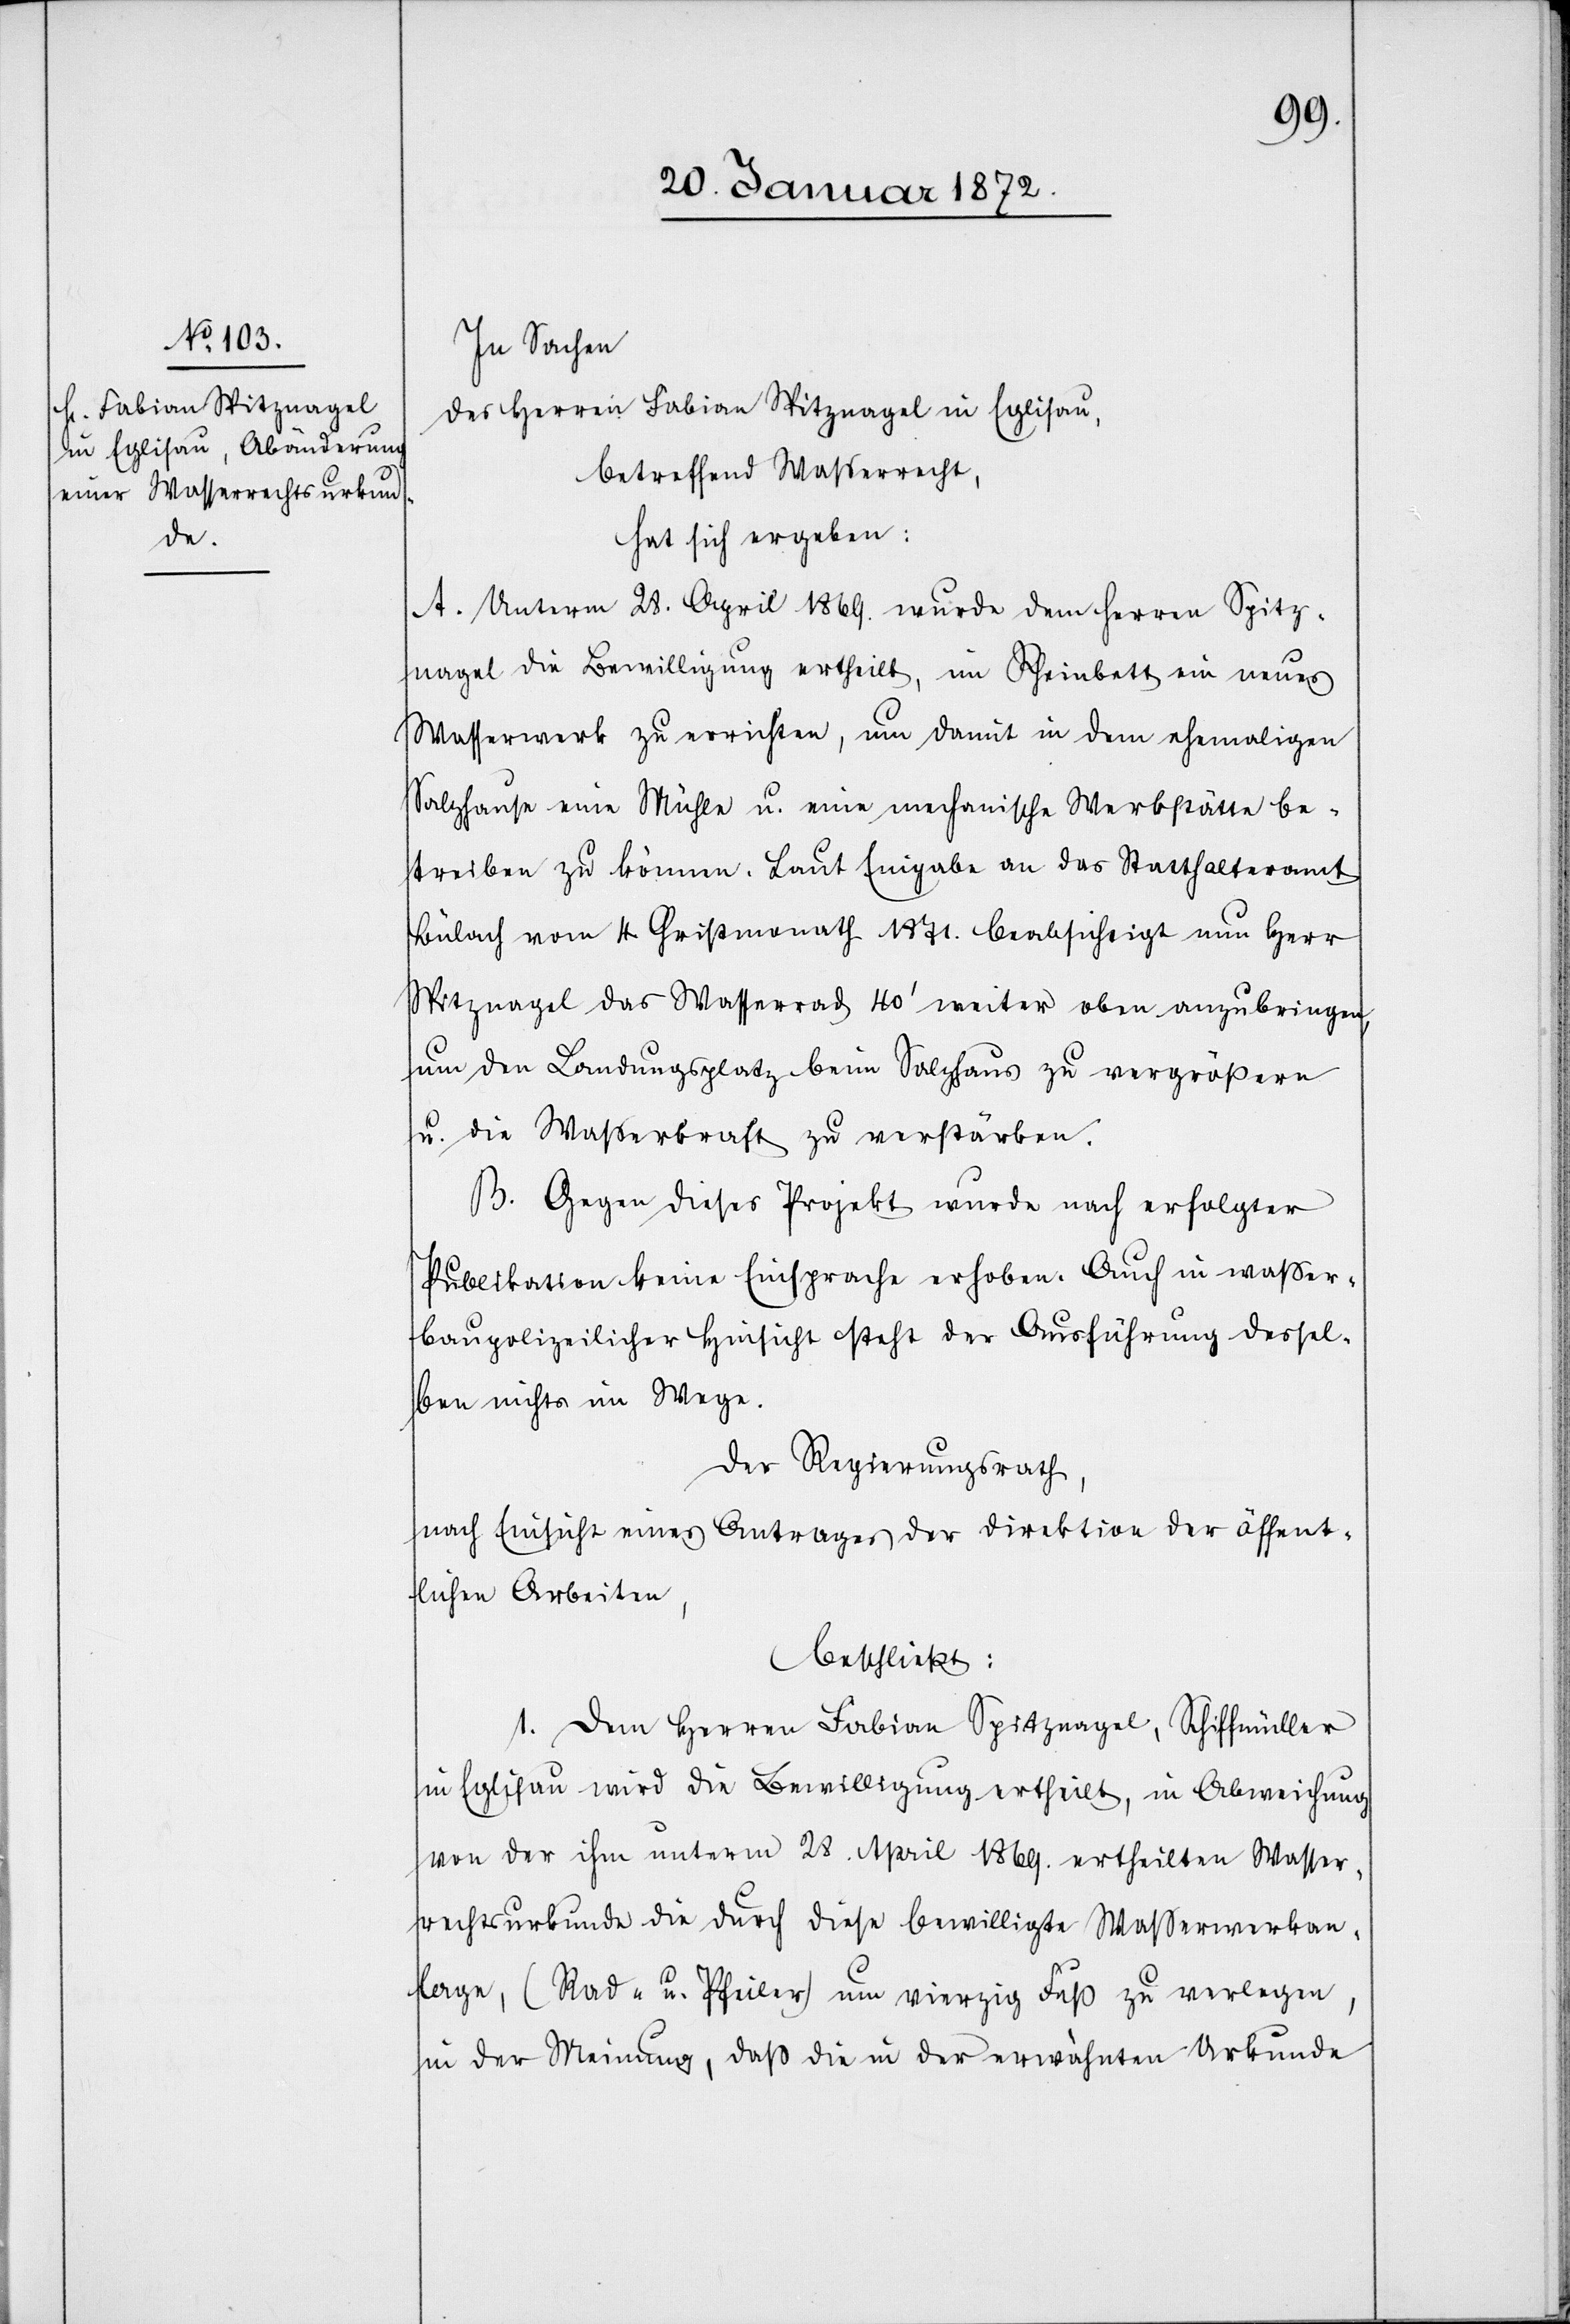
In Sachen
des Herren Fabian Spitznagel in Eglisau,
betreffend Wasserrecht,
hat sich ergeben:
A. Unterm 28. April 1869. wurde dem Herren Spitz¬
nagel die Bewilligung ertheilt, im Rheinbett ein neues
Wasserwerk zu errichten, um damit in dem ehemaligen
Salzhause eine Mühle u. eine mechanische Werkstätte be¬
treiben zu können. Laut Eingabe an das Statthalteramt
Bülach vom 4. Christmonath 1871. beabsichtigt nun Herr
Spitznagel das Wasserrad 40ʻ weiter oben anzubringen,
um den Landungsplatz beim Salzhaus zu vergrössern
u. die Wasserkraft zu verstärken.
B. Gegen dieses Projekt wurde nach erfolgter
Publikation keine Einsprache erhoben. Auch in wasser¬
baupolizeilicher Hinsicht steht der Ausführung dessel¬
ben nichts im Wege.
Der Regierungsrath,
nach Einsicht eines Antrages der Direktion der öffent¬
lichen Arbeiten,
beschließt:
1. Dem Herren Fabian Spitznagel, Schiffmüller
in Eglisau wird die Bewilligung ertheilt, in Abweichung
von der ihm unterm 28. April 1869. ertheilten Wasser¬
rechtsurkunde die durch diese bewilligte Wasserwerkan¬
lage, (Rad- u. Pfeiler) um vierzig Fuß zu verlegen,
in der Meinung, daß die in der erwähnten Urkunde